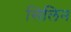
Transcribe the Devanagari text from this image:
सिलिन